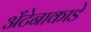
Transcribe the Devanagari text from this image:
अँटेनाकाडे